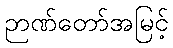
ဉာဏ်တော်အမြင့်